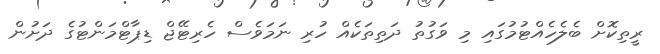
ރީތިކޮށް ބެލެހެއްޓުމުގައި މި ވަގުތު ދަތިތަކެއް ހުރި ނަމަވެސް ހެރިޓޭޖް ޑިޕާޓްމަންޓުގެ ދަށުން